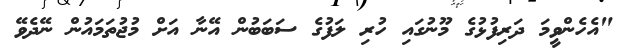
"އެހެންވީމަ ދަރިފުޅުގެ މޫނުގައި ހުރި ލަފުގެ ސަބަބުން އޭނާ އަށް މުޖުތަމައުން ނޭދެވޭ